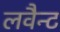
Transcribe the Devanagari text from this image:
लवैन्ट